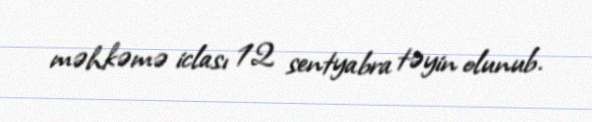
məhkəmə iclası 12 sentyabra təyin olunub.